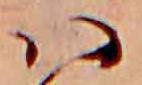
ハ